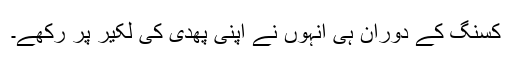
کسنگ کے دوران ہی انہوں نے اپنی پھدی کی لکیر پر رکھے۔